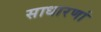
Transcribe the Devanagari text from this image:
साधारणां